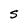
Character: S